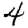
Digit: 4